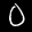
Label: 0